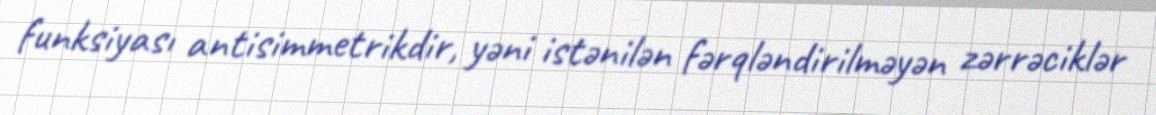
funksiyası antisimmetrikdir, yəni istənilən fərqləndirilməyən zərrəciklər